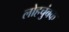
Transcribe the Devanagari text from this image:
लोहचुंबक